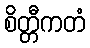
စိတ္တီကတံ